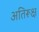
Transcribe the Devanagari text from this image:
अतिरूक्ष